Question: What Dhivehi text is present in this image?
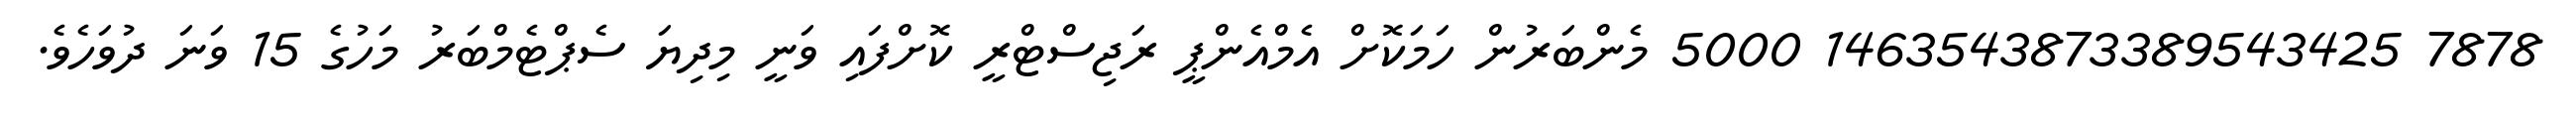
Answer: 7878 1463543873389543425 5000 މެންބަރުން ހަމަކޮށް އެމްއެންޕީ ރަޖިސްޓްރީ ކޮށްފައި ވަނީ މިދިޔަ ސެޕްޓެމްބަރު މަހުގެ 15 ވަނަ ދުވަހެވެ.